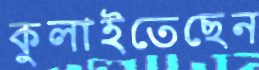
কুলাইতেছেন